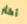
أكثر